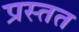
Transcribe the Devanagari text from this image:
प्रस्तत